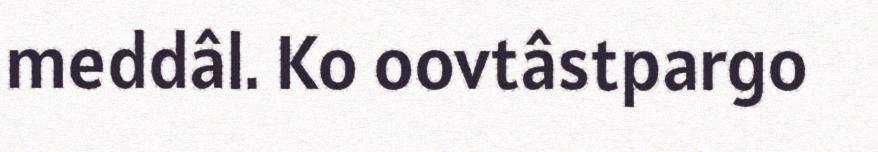
meddâl. Ko oovtâstpargo